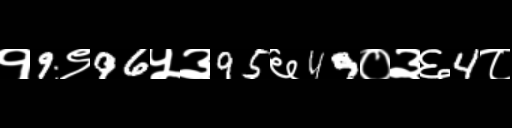
Text: १9९96५३95६49०३६4८